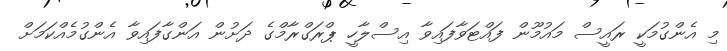
މި އެންގުމަކީ ރައީސް މައުމޫން ފައްޓަވާފައިވާ އިސްލާހީ ޕްރަގްރާމްގެ ދަށުން އަންގާފައިވާ އެންގުމެއްކަމަށް